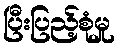
ပြီးပြည့်စုံမှု